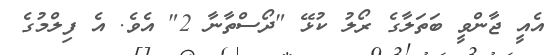
އެއީ ޖާންވީ ބަތަލާގެ ރޯލު ކުޅޭ "ދޯސްތާނާ 2" އެވެ. އެ ފިލްމުގެ